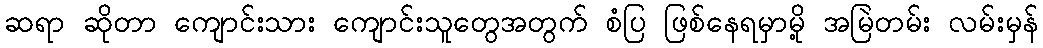
ဆရာ ဆိုတာ ကျောင်းသား ကျောင်းသူတွေအတွက် စံပြ ဖြစ်နေရမှာမို့ အမြဲတမ်း လမ်းမှန်